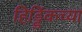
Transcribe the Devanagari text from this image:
हिड्डिंकच्या